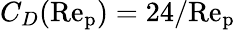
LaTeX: C_{D}(\mathrm{Re_{p}})=24/\mathrm{Re_{p}}